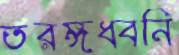
তরঙ্গধ্বনি